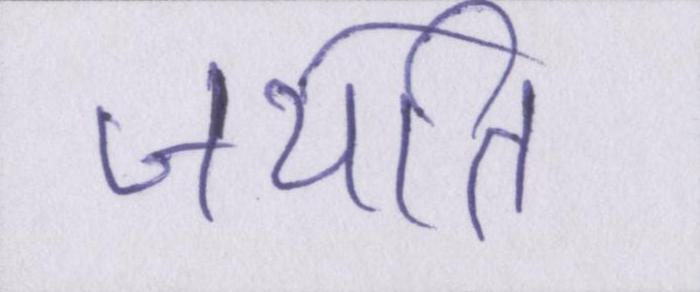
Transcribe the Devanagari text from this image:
जयति